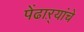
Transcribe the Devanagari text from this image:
पेंढाऱ्यांचे